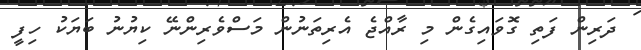
ދަރިން ފަތި ގޮވައިގެން މި ރާއްޖެ އެރިތަނުން މަސްވެރިންނޭ ކިޔުނު ބަޔަކު ހިފީ